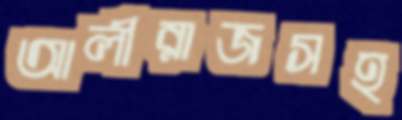
আলীরাজসহ